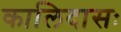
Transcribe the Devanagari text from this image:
कालिदासः